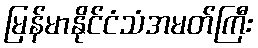
မြန်မာနိုင်ငံသံအမတ်ကြီး